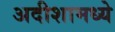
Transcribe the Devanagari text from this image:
अदीशामध्ये